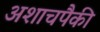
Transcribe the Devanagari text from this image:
अशाचपैकी